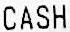
CASH